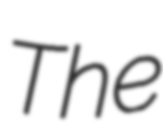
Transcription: The